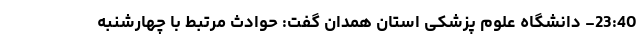
23:40- دانشگاه علوم پزشکی استان همدان گفت: حوادث مرتبط با چهارشنبه